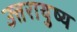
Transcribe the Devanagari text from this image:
उत्तरायुष्य